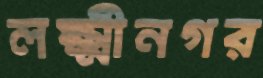
লক্ষ্মীনগর